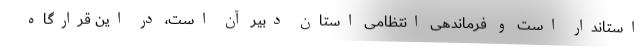
استاندار است و فرماندهی انتظامی استان دبیر آن است، در این قرارگاه